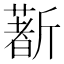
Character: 𣃈